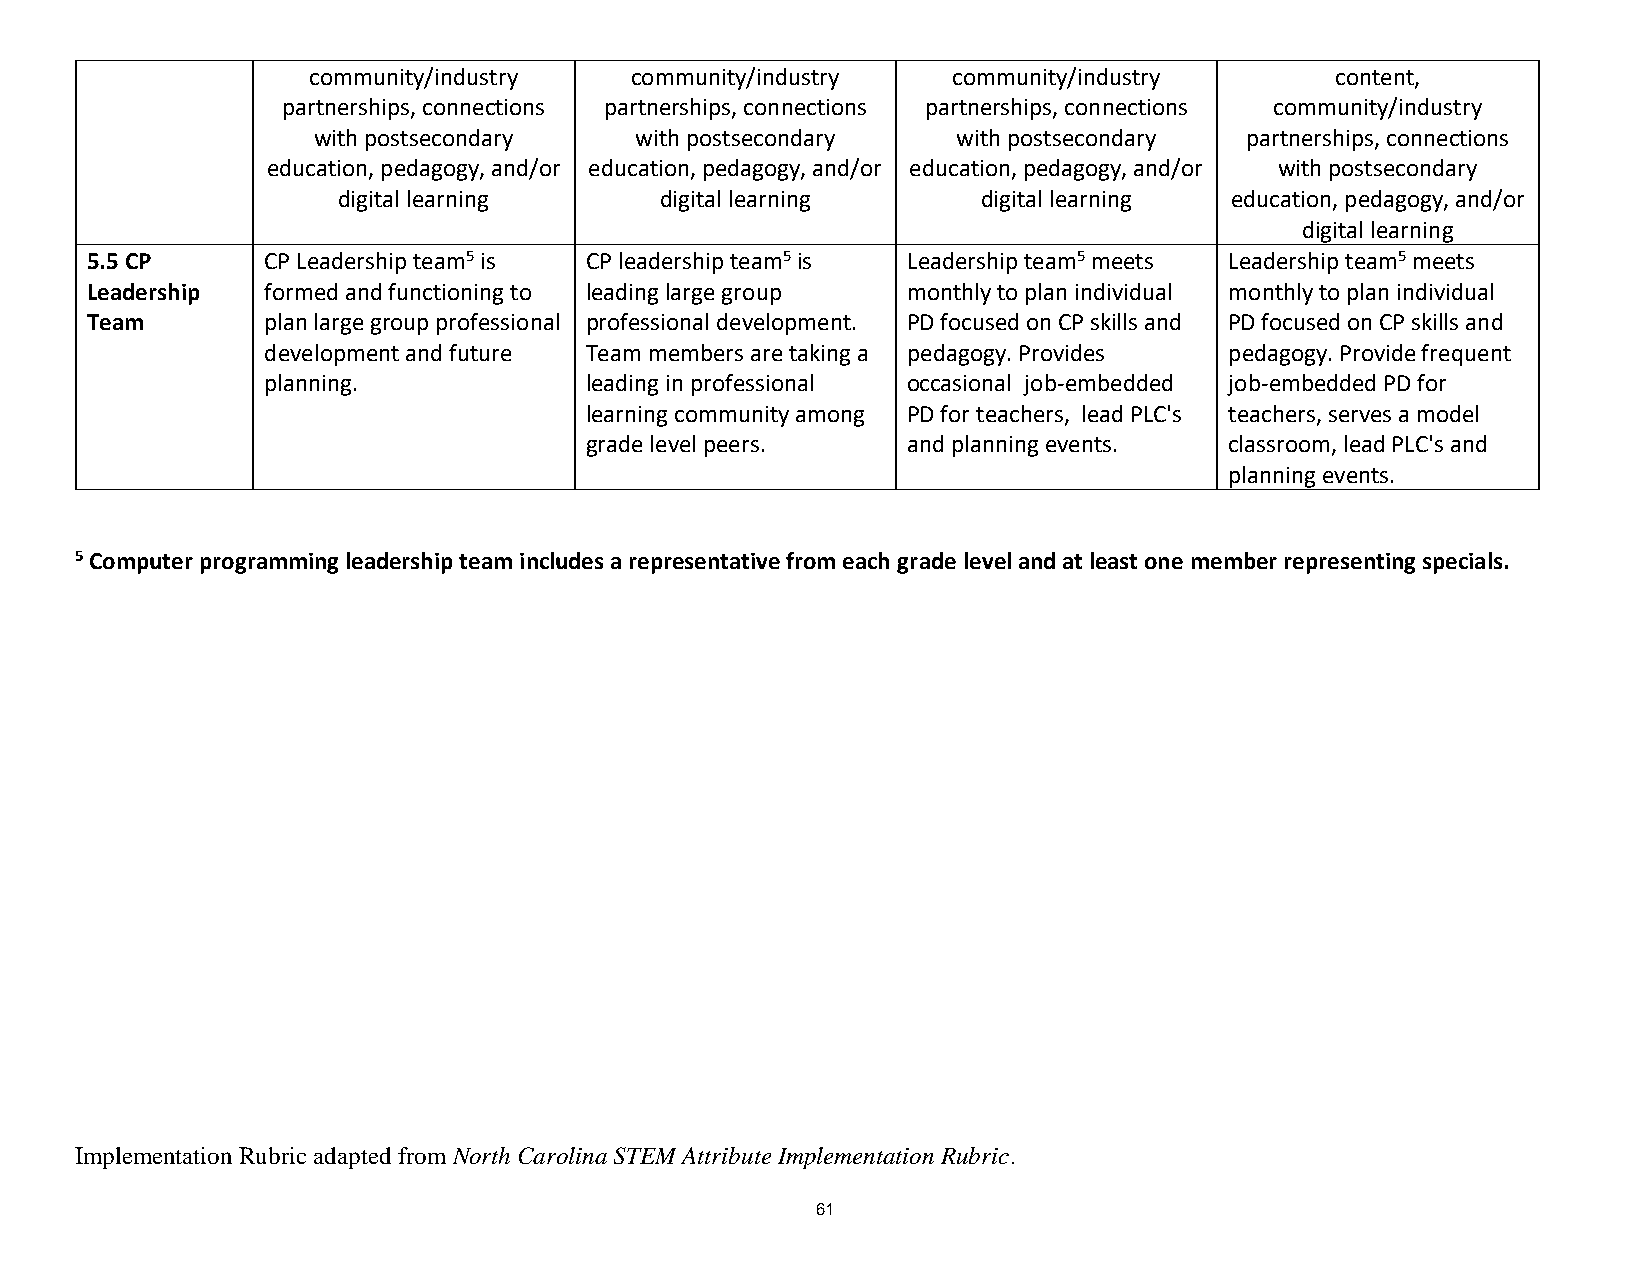
community/industry    community/industry   community/industry       content,
 partnerships, connections partnerships, connections partnerships, connections community/industry
 with postsecondary   with postsecondary   with postsecondary partnerships, connections
 education, pedagogy, and/or education, pedagogy, and/or education, pedagogy, and/or with postsecondary
 digital learning      digital learning     digital learning education, pedagogy, and/or
 digital learning
 5.5 CP     CP Leadership team5 is CP leadership team5 is Leadership team5 meets Leadership team5 meets
 Leadership formed and functioning to leading large group monthly to plan individual monthly to plan individual
 Team       plan large group professional professional development. PD focused on CP skills and PD focused on CP skills and
 development and future Team members are taking a pedagogy. Provides pedagogy. Provide frequent
 planning.             leading in professional occasional job-embedded job-embedded PD for
 learning community among PD for teachers, lead PLC's teachers, serves a model
 grade level peers.   and planning events. classroom, lead PLC's and
 planning events.
 5 Computer programming leadership team includes a representative from each grade level and at least one member representing specials.
 Implementation Rubric adapted from North Carolina STEM Attribute Implementation Rubric.
 61